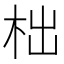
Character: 柮